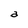
Character: a